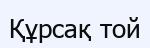
Құрсақ той